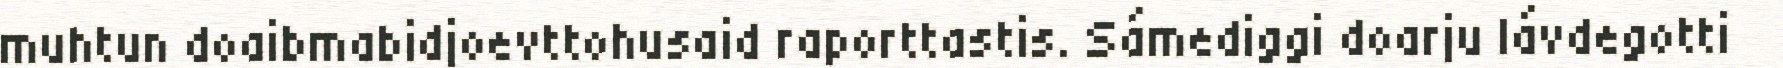
muhtun doaibmabidjoevttohusaid raporttastis. Sámediggi doarju lávdegotti